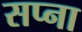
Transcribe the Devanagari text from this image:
सप्ना